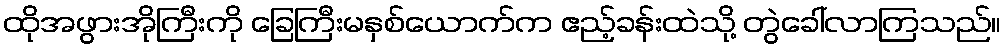
ထိုအဖွားအိုကြီးကို ခြေကြီးမနှစ်ယောက်က ဧည့်ခန်းထဲသို့ တွဲခေါ်လာကြသည်။